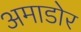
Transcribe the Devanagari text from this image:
अमाडोर